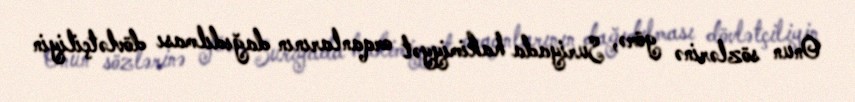
Onun sözlərinə görə, Suriyada hakimiyyət orqanlarının dağıdılması dövlətçiliyin